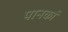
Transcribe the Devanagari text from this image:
पानकां